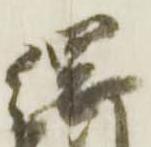
綱